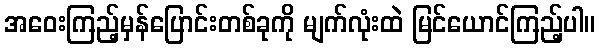
အဝေးကြည့်မှန်ပြောင်းတစ်ခုကို မျက်လုံးထဲ မြင်ယောင်ကြည့်ပါ။